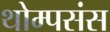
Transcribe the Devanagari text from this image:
थोम्पसंस